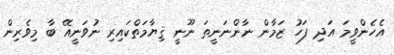
އެހެންވީމަ އަދި ފަހު ޒަމާން ނާންނަނީތަ ނޫނީ ޤިޔާމަތްކައިރި ނުވަނީއޭ ބާ މިވެރިން